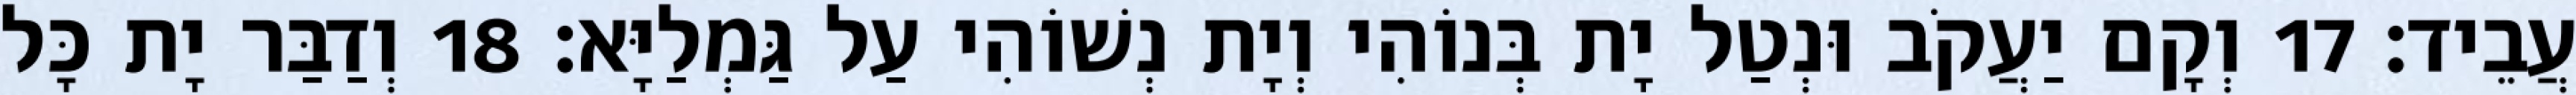
עֲבֵיד׃ 17 וְקָם יַעֲקֹב וּנְטַל יָת בְּנוֹהִי וְיָת נְשׁוֹהִי עַל גַּמְלַיָּא׃ 18 וְדַבַּר יָת כָּל